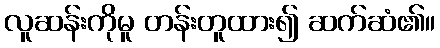
လူဆန်းကိုမူ တန်းတူထား၍ ဆက်ဆံ၏။